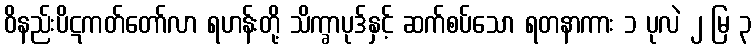
ဝိနည်းပိဋကတ်တော်လာ ရဟန်းတို့ သိက္ခာပုဒ်နှင့် ဆက်စပ်သော ရတနာကား ၁ ပုလဲ ၂ မြ ၃